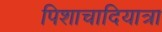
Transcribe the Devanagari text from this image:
पिशाचादियात्रा